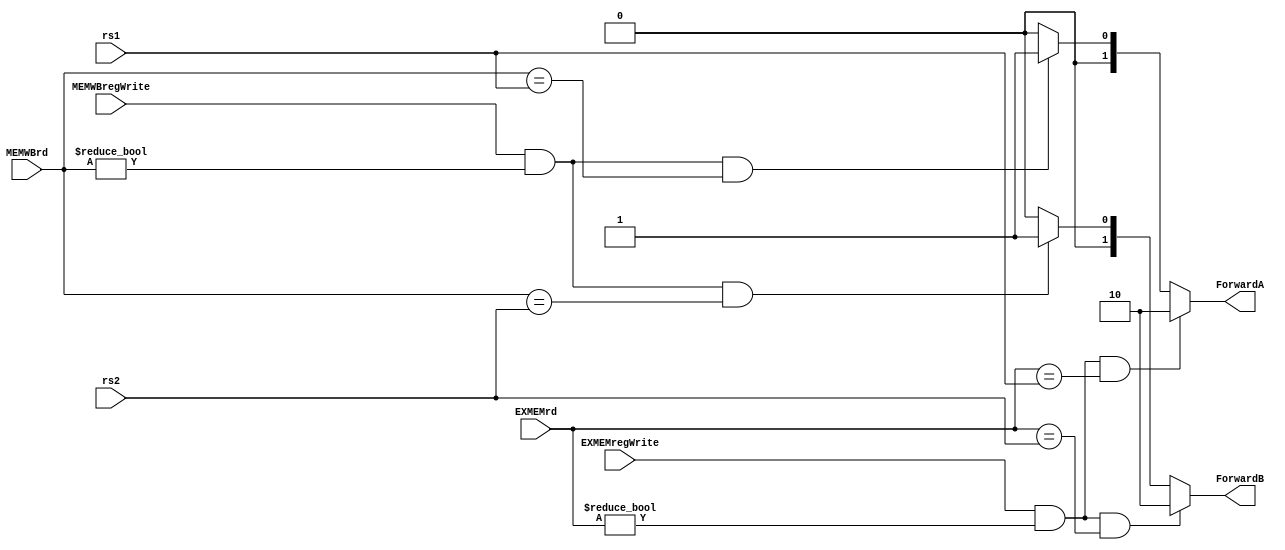
module Forwarding_Unit
  (
  input [4:0] rs1,
  input [4:0] rs2,
  input [4:0] EXMEMrd, 
  input [4:0] MEMWBrd,
  input EXMEMregWrite,
  input MEMWBregWrite,
  output reg [1:0] ForwardA,
  output reg [1:0] ForwardB 
  );
  
  always @ (*)
  begin
    //for rs1
    if (EXMEMregWrite && EXMEMrd != 5'b0 && EXMEMrd == rs1)
      begin
        ForwardA = 2'b10;
      end
      
    else if (MEMWBregWrite && MEMWBrd != 5'b0 && MEMWBrd == rs1)
      begin
       ForwardA = 2'b01;
      end 
    else 
      begin
      ForwardA = 2'b00; 
      end 
    
    //for rs2
    if (EXMEMregWrite && EXMEMrd != 5'b0 && EXMEMrd == rs2)
      begin
        ForwardB = 2'b10;
      end
      
    else if (MEMWBregWrite && MEMWBrd != 5'b0 && MEMWBrd == rs2)
      begin
       ForwardB = 2'b01;
      end 
    else 
      begin
      ForwardB = 2'b00; 
      end 
  end
endmodule